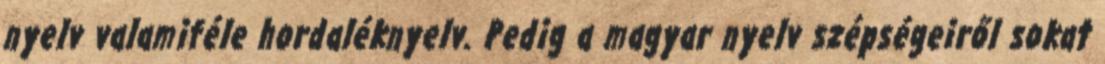
nyelv valamiféle hordaléknyelv. Pedig a magyar nyelv szépségeiről sokat